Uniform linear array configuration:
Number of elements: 32
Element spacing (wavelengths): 0.75
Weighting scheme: blackman
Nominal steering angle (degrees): -45
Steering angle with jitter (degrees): -44.451
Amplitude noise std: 0.05
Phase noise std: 0.05

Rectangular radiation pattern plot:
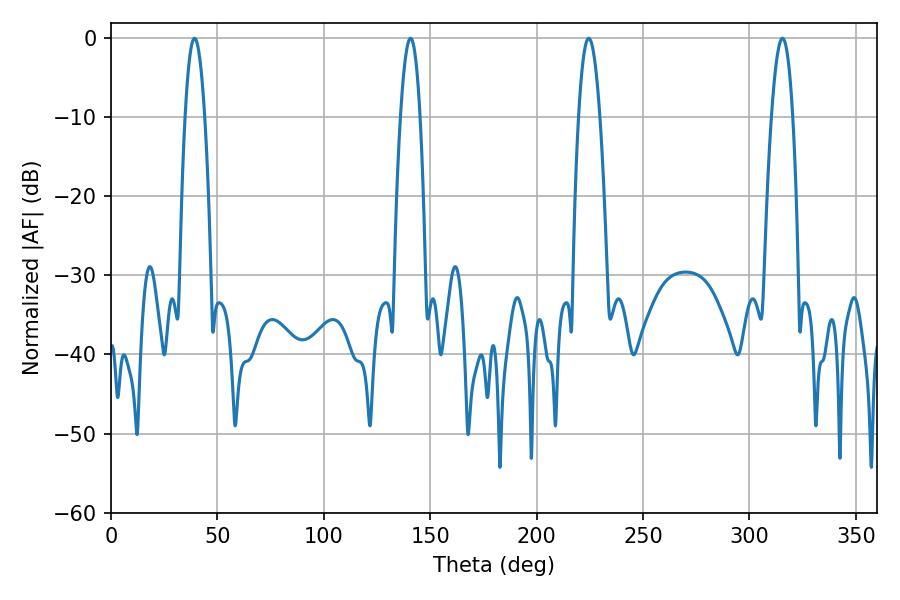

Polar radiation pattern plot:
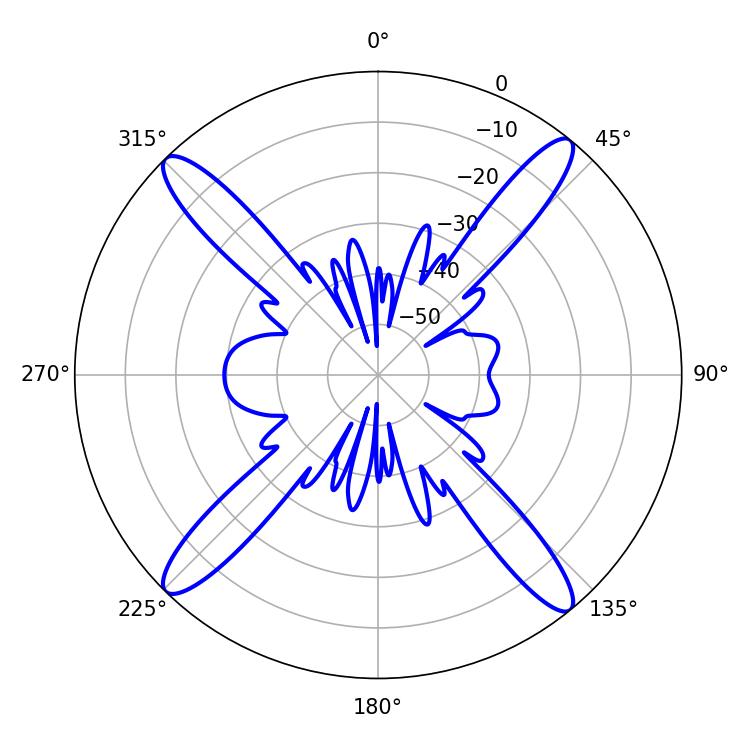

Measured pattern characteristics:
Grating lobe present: TRUE
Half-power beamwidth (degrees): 5.04
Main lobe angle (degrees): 39.24